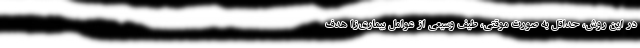
در این روش، حداقل به صورتِ موقتی، طیفِ وسیعی از عواملِ بیماری‌زا هدف